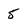
Character: 5